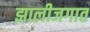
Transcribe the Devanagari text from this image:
झालीजगात